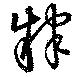
肄